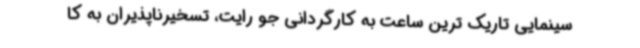
سینمایی تاریک ترین ساعت به کارگردانی جو رایت، تسخیرناپذیران به کا